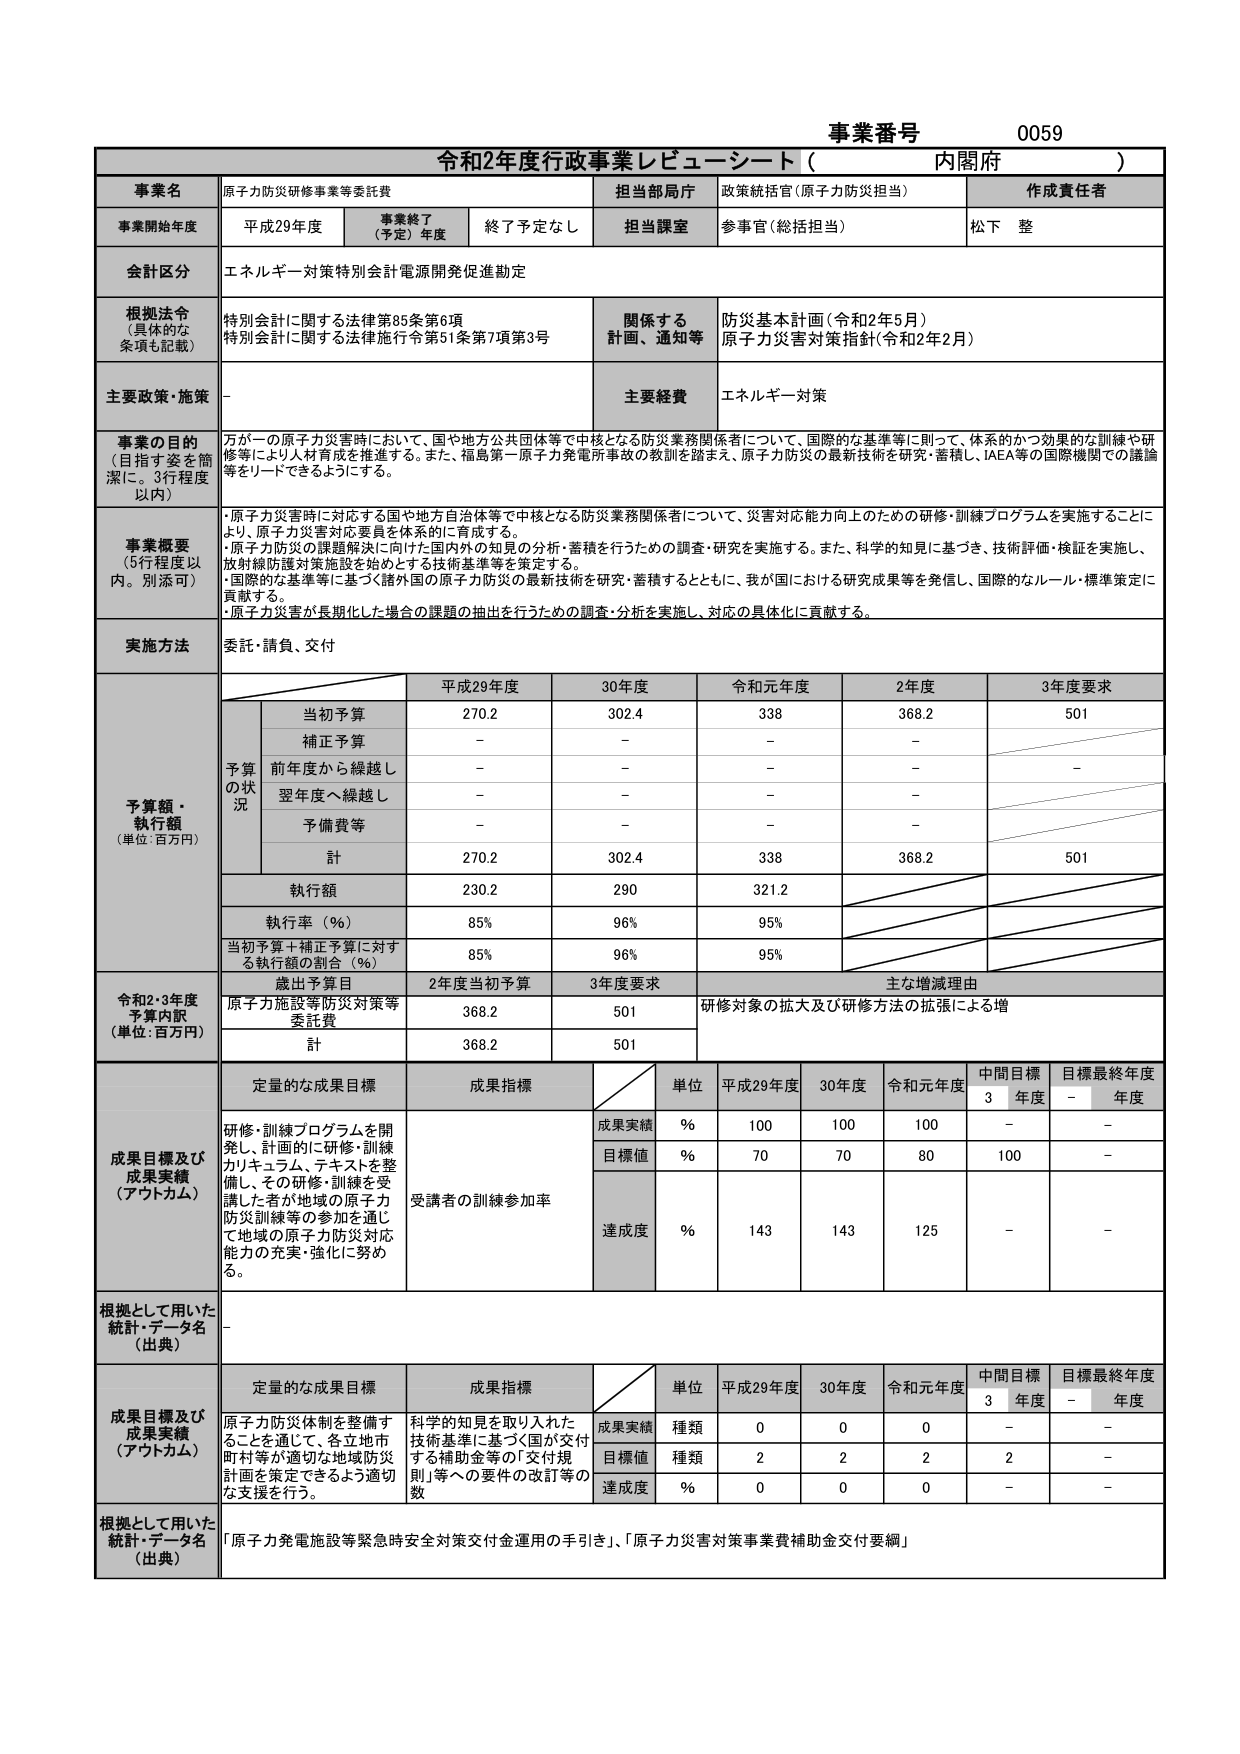
事業番号 0059
令和2年度行政事業レビューシート（内閣府）

事業名 原子力防災研修事業等委託費
担当部局庁 政策統括官（原子力防災担当）
作成責任者 松下 整

事業開始年度 平成29年度
事業終了（予定）年度 終了予定なし
担当課室 参事官（総括担当）

会計区分 エネルギー対策特別会計電源開発促進勘定

根拠法令（具体的な条項も記載）
特別会計に関する法律第85条第6項
特別会計に関する法律施行令第51条第7項第3号
関係する計画、通知等
防災基本計画（令和2年5月）
原子力災害対策指針（令和2年2月）

主要政策・施策 －
主要経費 エネルギー対策

事業の目的（目指す姿を簡潔に。3行程度以内）
万が一の原子力災害時において、国や地方公共団体等で中核となる防災業務関係者について、国際的な基準等に則って、体系的かつ効果的な訓練や研修等により人材育成を推進する。また、福島第一原子力発電所事故の教訓を踏まえ、原子力防災の最新技術を研究・蓄積し、IAEA等の国際機関での議論等をリードできるようにする。

事業概要（5行程度以内。別添可）
・原子力災害時に対応する国や地方自治体等で中核となる防災業務関係者について、災害対応能力向上のための研修・訓練プログラムを実施することにより、原子力災害対応要員を体系的に育成する。
・原子力防災の課題解決に向けた国内外の知見の分析・蓄積を行うための調査・研究を実施する。また、科学的知見に基づき、技術評価・検証を実施し、放射線防護対策施設を始めとする技術基準等を策定する。
・国際的な基準等に基づく諸外国の原子力防災の最新技術を研究・蓄積するとともに、我が国における研究成果等を発信し、国際的なルール・標準策定に貢献する。
・原子力災害が長期化した場合の課題の抽出を行うための調査・分析を実施し、対応の具体化に貢献する。

実施方法 委託・請負、交付

予算額・執行額（単位：百万円）
平成29年度 30年度 令和元年度 2年度 3年度要求
予算の状況
当初予算 270.2 302.4 338 368.2 501
補正予算 － － － －
前年度から繰越し － － － － －
翌年度へ繰越し － － － －
予備費等 － － － －
計 270.2 302.4 338 368.2 501
執行額 230.2 290 321.2
執行率（％） 85% 96% 95%
当初予算＋補正予算に対する執行額の割合（％） 85% 96% 95%

令和2・3年度予算内訳（単位：百万円）
歳出予算目 2年度当初予算 3年度要求 主な増減理由
原子力施設等防災対策等委託費 368.2 501 研修対象の拡大及び研修方法の拡張による増
計 368.2 501

成果目標及び成果実績（アウトカム）
定量的な成果目標 成果指標
単位 平成29年度 30年度 令和元年度 中間目標3年度 目標最終年度－年度
研修・訓練プログラムを開発し、計画的に研修・訓練カリキュラム、テキストを整備し、その研修・訓練を受講した者が地域の原子力防災訓練等の参加を通じて地域の原子力防災対応能力の充実・強化に努める。
成果実績 % 100 100 100 － －
目標値 % 70 70 80 100 －
受講者の訓練参加率
達成度 % 143 143 125 － －

根拠として用いた統計・データ名（出典） －

成果目標及び成果実績（アウトカム）
定量的な成果目標 成果指標
単位 平成29年度 30年度 令和元年度 中間目標3年度 目標最終年度－年度
原子力防災体制を整備することを通じて、各立地市町村等が適切な地域防災計画を策定できるよう適切な支援を行う。
成果実績 種類 0 0 0 － －
目標値 種類 2 2 2 2 －
科学的知見を取り入れた技術基準に基づく国が交付する補助金等の「交付規則」等への要件の改訂等の数
達成度 % 0 0 0 － －

根拠として用いた統計・データ名（出典） 「原子力発電施設等緊急時安全対策交付金運用の手引き」、「原子力災害対策事業費補助金交付要綱」